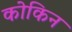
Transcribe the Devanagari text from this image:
कोकिन